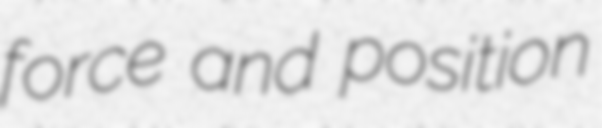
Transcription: force and position